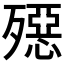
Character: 𣩤